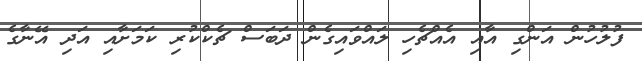
ފުލުހުން އަންގި އާއި އެއްޗެހި ލައްވައިގެން ދަބަސް ޗެކްކުރި ކަމަށާއި އަދި އޭނާގެ